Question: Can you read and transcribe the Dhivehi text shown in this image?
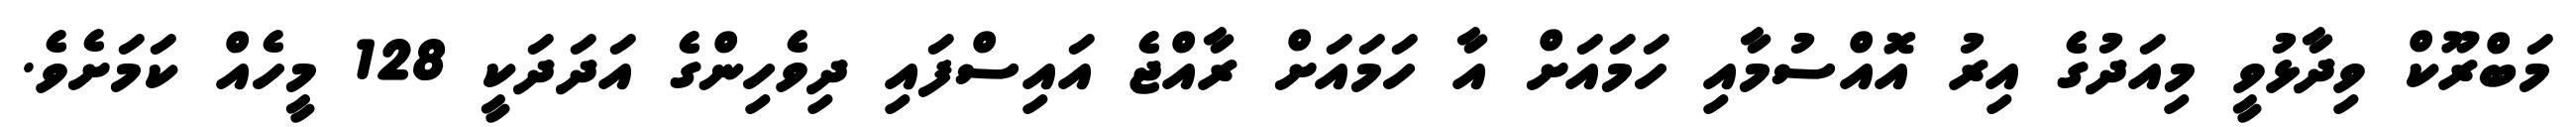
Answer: މަބްރޫކް ވިދާޅުވީ މިއަދުގެ އިރު އޮއްސުމާއި ހަމައަށް އާ ހަމައަށް ރާއްޖެ އައިސްފައި ދިވެހިންގެ އަދަދަކީ 128 މީހެއް ކަމަށެވެ.